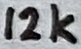
Text: 12k